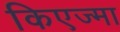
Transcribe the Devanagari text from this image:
किएज्मा